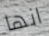
انها